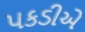
પકડીએ